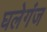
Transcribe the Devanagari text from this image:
घलेगंज